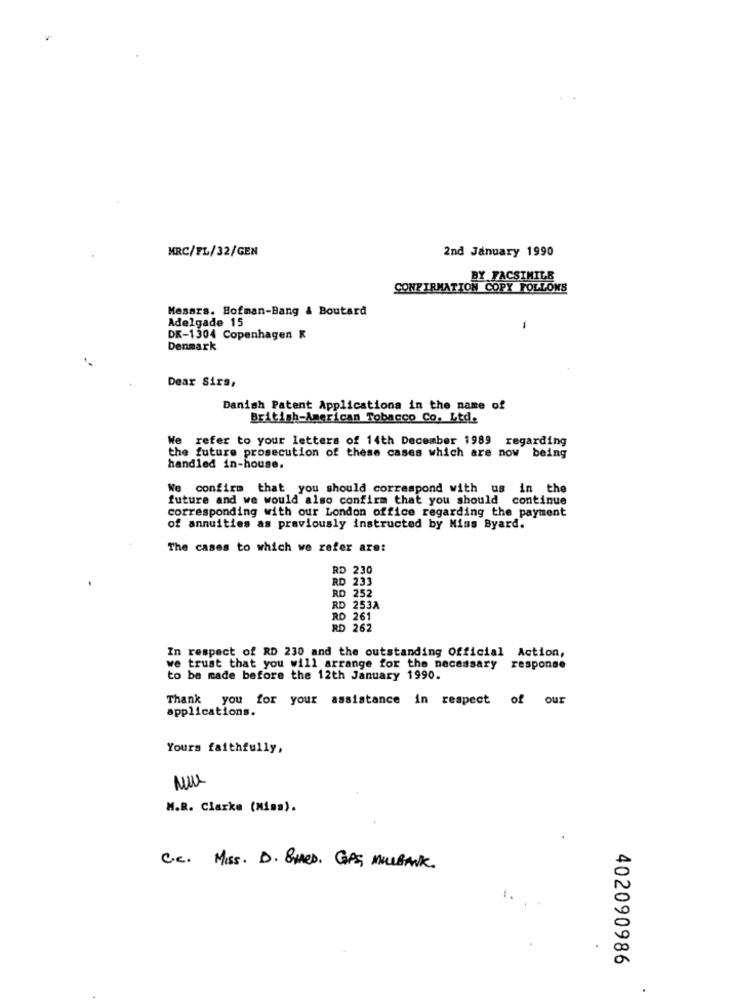
MRC/FL/32/GEN
2nd January 1990
BY FACSIMILE
CONFIRMATION COPY FOLLOWS
Messrs. Hofman-Bang & Boutard
Adelgade 15
-
DK-1304 Copenhagen K
Denmark
Dear Sirs,
Danish Patent Applications in the name of
British-American Tobacco Co. Ltd.
We refer to your letters of 14th December 1989 regarding
the future prosecution of these cases which are now being
handled in-house.
We confirm that you should correspond with us in the
future and we would also confirm that you should continue
corresponding with our London office regarding the payment
of annuities as previously instructed by Miss Byard.
The cases to which we refer are:
RD 230
RD 233
RD 252
RD 253A
RD 261
RD 262
In respect of RD 230 and the outstanding Official Action,
we trust that you will arrange for the necessary response
to be made before the 12th January 1990.
Thank you for your assistance in respect of our
applications.
Yours faithfully,
M.R. Clarke (Miss).
C.C. Miss. D. 8MED. GPS MILBANK.
402090986
.